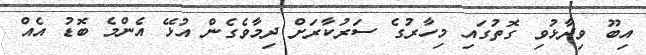
އިބޫ ވިދާޅުވި ގޮތުގައި މިހާރުގެ ސަރުކާރަށް ދިމާވެގެން އުޅޭ އެންމެ ބޮޑު އެއް